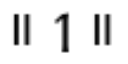
॥ 1 ॥